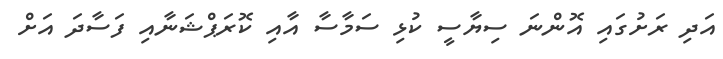
އަދި ރަށުގައި އޮންނަ ސިޔާސީ ކުޅި ސަމާސާ އާއި ކޮރަޕްޝަނާއި ފަސާދަ އަށް